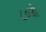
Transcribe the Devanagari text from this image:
८०जी